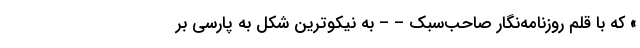
» که با قلم روزنامه‌نگار صاحب‌سبک – – به نیکوترین شکل به پارسی بر